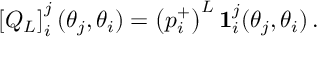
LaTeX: \left[ Q _ { L } \right] _ { i } ^ { j } ( \theta _ { j } , \theta _ { i } ) = \left( p _ { i } ^ { + } \right) ^ { L } \mathbf { 1 } _ { i } ^ { j } ( \theta _ { j } , \theta _ { i } ) \, .